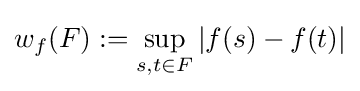
w_{f}(F):=\sup _{s,t\in F}|f(s)-f(t)|